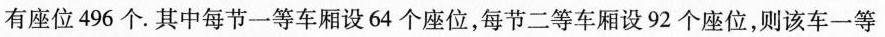
有座位496个。其中每节等车厢设64个座位，每节二等车厢设92个座位，则该车一等